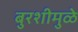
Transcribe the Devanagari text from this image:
बुरशीमुळे